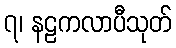
၇၊ နဠကလာပီသုတ်